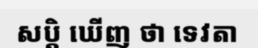
សប្តិ ឃើញ ថា ទេវតា